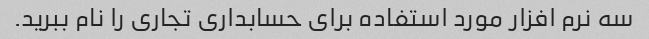
سه نرم افزار مورد استفاده برای حسابداری تجاری را نام ببرید.